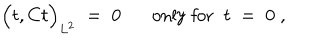
\Big ( t , C t \Big ) _ { L ^ { 2 } } \; = \; 0 \mathrm { o n l y ~ f o r } \; \; t \; = \; 0 \; ,